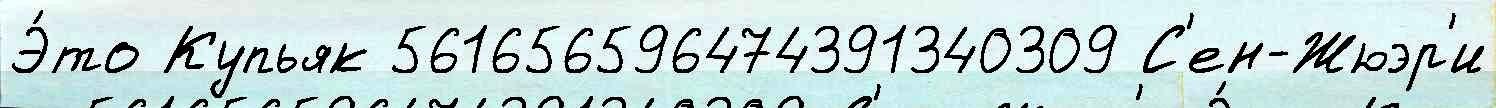
Э́то Купьяк 561656596474391340309 С'ен-Жюэр'и